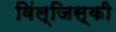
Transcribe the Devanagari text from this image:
विंल्जिस्की